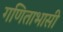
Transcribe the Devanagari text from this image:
गणिताभासी